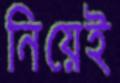
নিয়েই